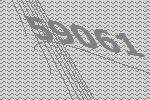
59061